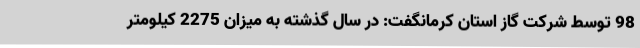
98 توسط شرکت گاز استان کرمانگفت: در سال گذشته به میزان 2275 کیلومتر